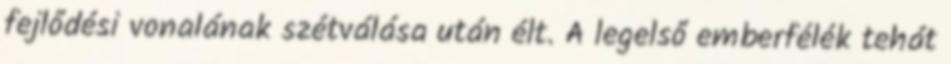
fejlődési vonalának szétválása után élt. A legelső emberfélék tehát